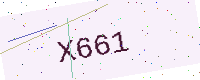
Text: X661